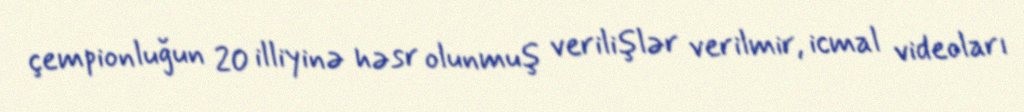
çempionluğun 20 illiyinə həsr olunmuş verilişlər verilmir, icmal videoları